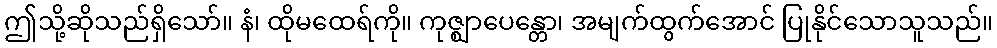
ဤသို့ဆိုသည်ရှိသော်။ နံ၊ ထိုမထေရ်ကို။ ကုဇ္ဈာပေန္တော၊ အမျက်ထွက်အောင် ပြုနိုင်သောသူသည်။